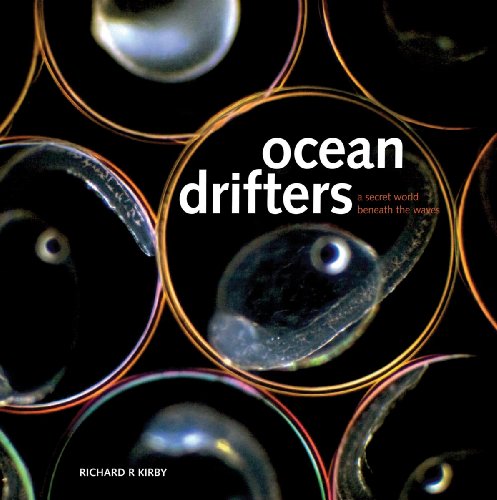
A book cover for Ocean Drifters: A Secret World Beneath the Waves; Dr. Richard Kirby; Science & Math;